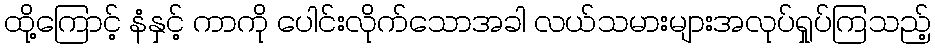
ထို့ကြောင့် နံနှင့် ကာကို ပေါင်းလိုက်သောအခါ လယ်သမားများအလုပ်ရှုပ်ကြသည့်